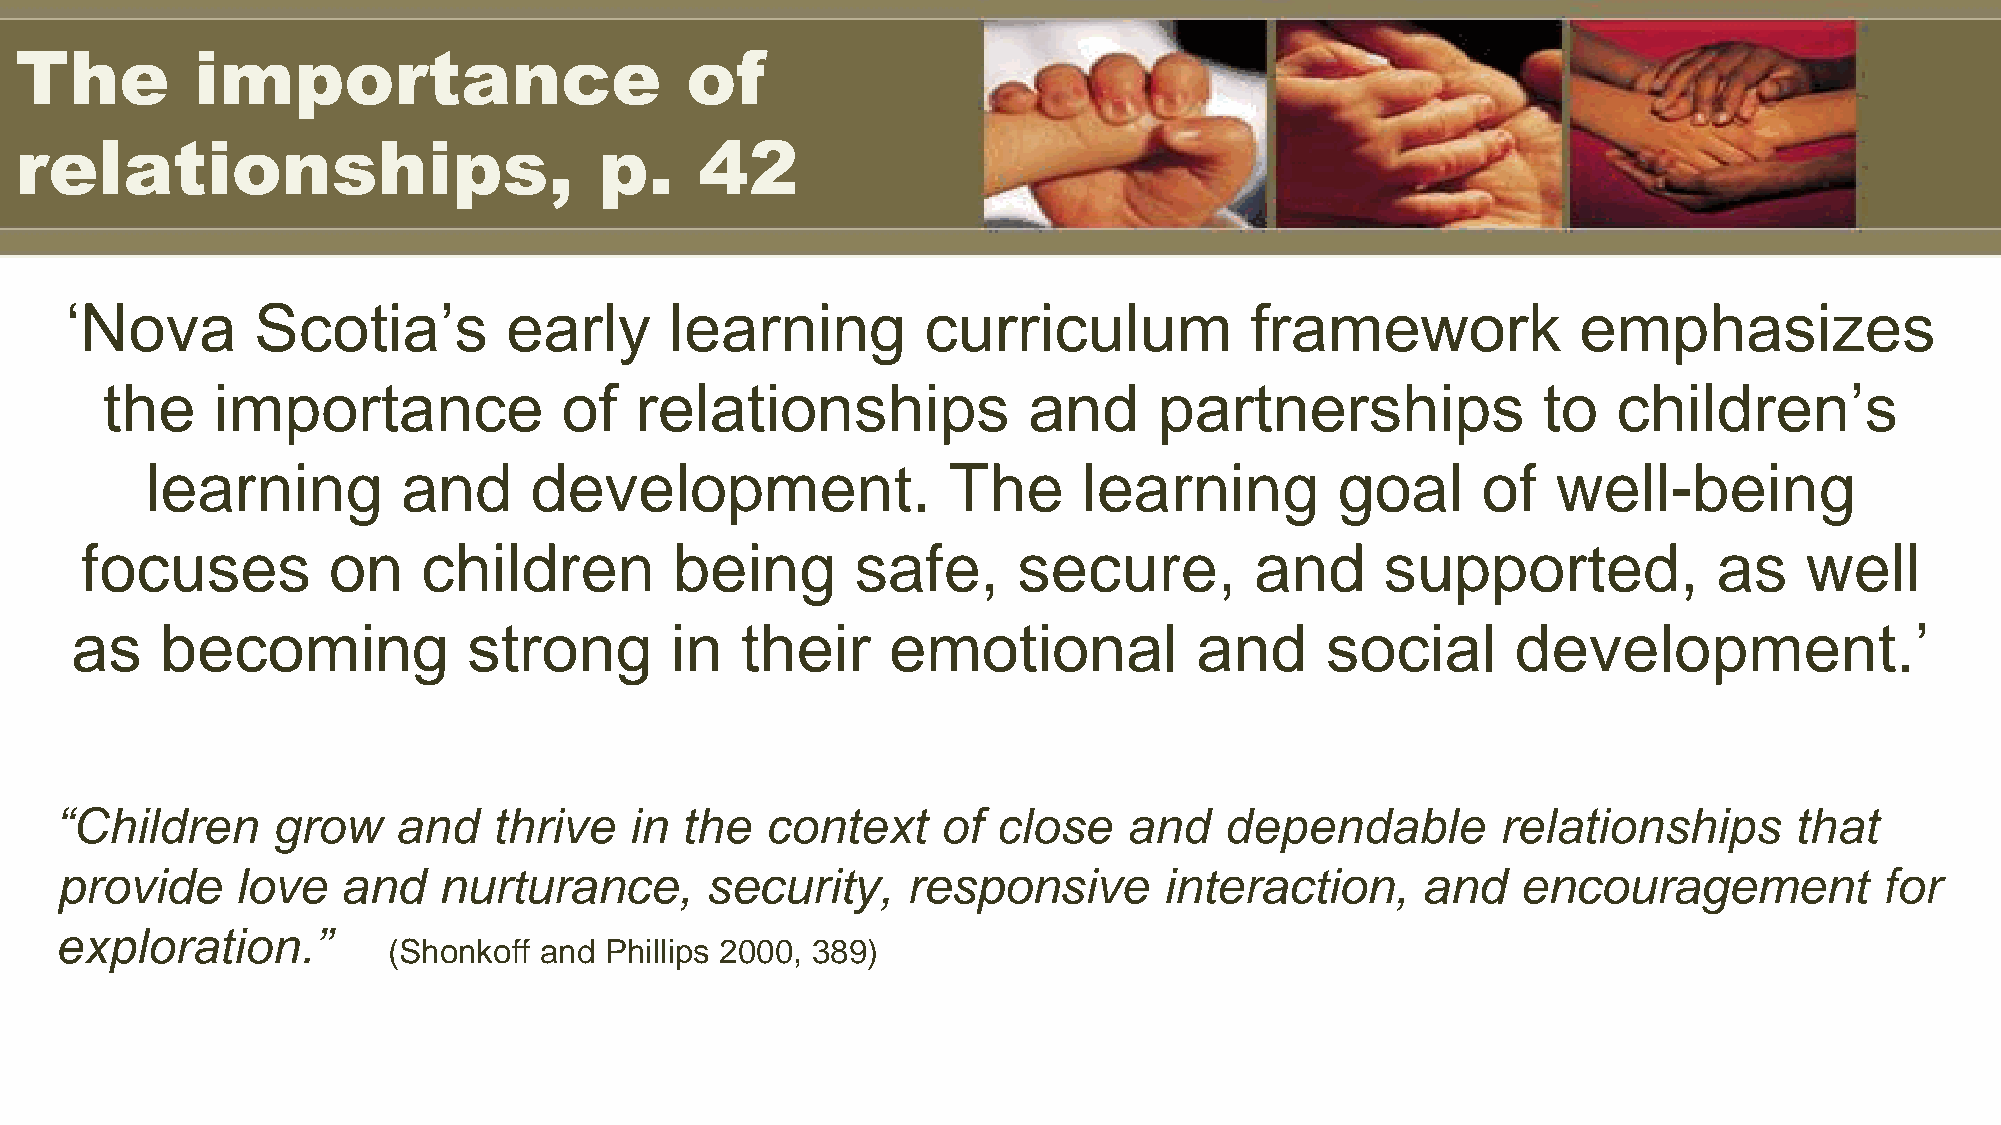
The         importance                      of
 relationships,                         p.    42
 ‘Nova        Scotia’s         early     learning         curriculum            framework             emphasizes
 the    importance             of   relationships             and      partnerships             to   children’s
 learning         and     development.                The      learning        goal      of   well-being
 focuses          on    children         being       safe,     secure,         and      supported,            as   well
 as    becoming            strong       in   their     emotional           and      social      development.’
 “Children     grow    and    thrive   in the   context    of  close    and   dependable        relationships       that
 provide     love   and   nurturance,       security,    responsive       interaction,     and    encouragement           for
 exploration.”
 (Shonkoff and Phillips 2000, 389)